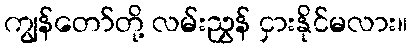
ကျွန်တော်တို့ လမ်းညွှန် ငှားနိုင်မလား။